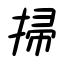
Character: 掃